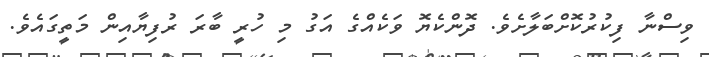
ވިސްނާ ފިކުރުކޮށްބަލާށެވެ. ދޮންކެޔޮ ވަކެއްގެ އަގު މި ހުރީ ބާރަ ރުފިޔާއިން މަތީގައެވެ.